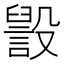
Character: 𣫏